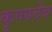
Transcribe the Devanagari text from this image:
कृष्‍णदेव